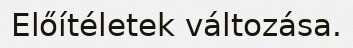
Előítéletek változása.